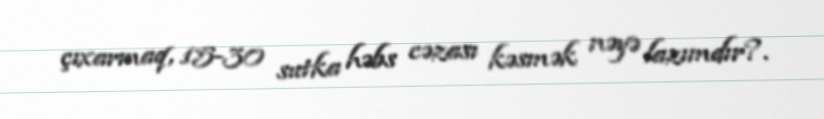
çıxarmaq, 15-30 sutka həbs cəzası kəsmək nəyə lazımdır?.